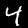
Label: 4